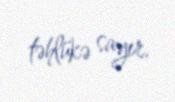
təhlükə sayır.